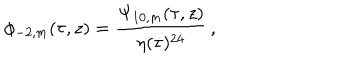
\phi _ { - 2 , m } ( \tau , z ) = \frac { \Psi _ { 1 0 , m } ( \tau , z ) } { \eta ( \tau ) ^ { 2 4 } } \, ,